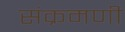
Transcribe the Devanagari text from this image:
संक्रमणी